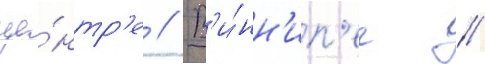
це́нтр'е // В'и́нн'ип'ег /